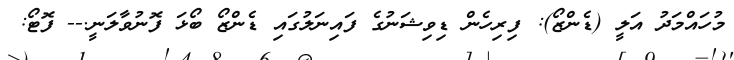
މުހައްމަދު އަލީ (ޑެންޒޯ): ފިރިހެން ޑިވިޝަނުގެ ފައިނަލުގައި ޑެންޒޯ ބޯޅަ ފޮނުވާލަނީ.-- ފޮޓޯ: